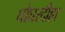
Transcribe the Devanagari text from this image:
घोघरदीहा